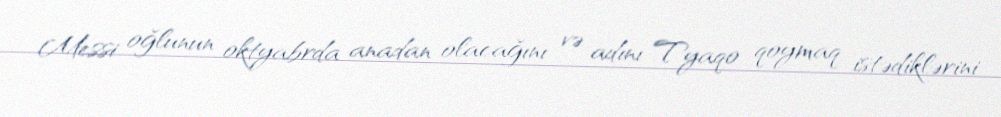
Messi oğlunun oktyabrda anadan olacağını və adını Tyaqo qoymaq istədiklərini